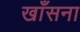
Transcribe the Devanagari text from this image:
खाँसना